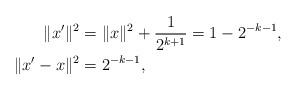
LaTeX: \begin{align*}\|x' \|^2&=\|x\|^2+\frac{1}{2^{k+1}}=1-2^{-k-1},\\ \|x'-x\|^2&=2^{-k-1},\end{align*}